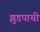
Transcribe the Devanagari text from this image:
झुडपाची